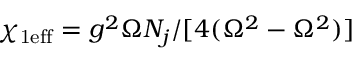
\chi _ { \mathrm { 1 e f f } } = g ^ { 2 } \Omega N _ { j } / [ 4 ( \Omega ^ { 2 } - \Omega ^ { 2 } ) ]